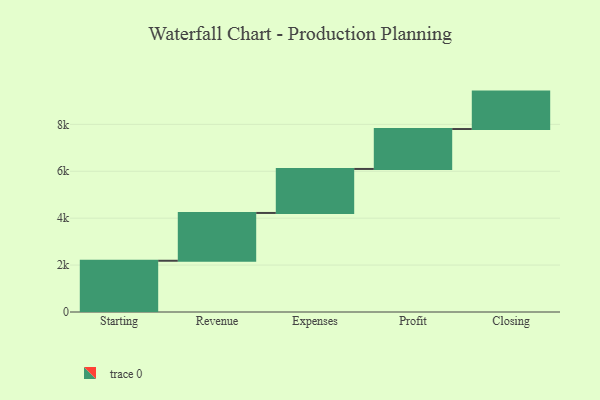
{"axis": {"x": "Step", "y": "Value"}, "legend": [""], "data": [{"x": "Starting", "y": 2185.0, "type": ""}, {"x": "Revenue", "y": 2038.0, "type": ""}, {"x": "Expenses", "y": 1876.0, "type": ""}, {"x": "Profit", "y": 1702.0, "type": ""}, {"x": "Closing", "y": 1596.0, "type": ""}]}